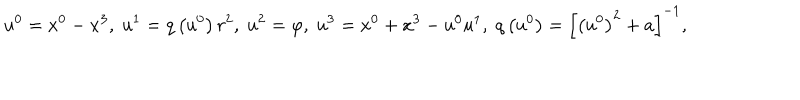
LaTeX: u ^ { 0 } = x ^ { 0 } - x ^ { 3 } , \; u ^ { 1 } = q \left( u ^ { 0 } \right) r ^ { 2 } , \; u ^ { 2 } = \varphi , \; u ^ { 3 } = x ^ { 0 } + x ^ { 3 } - u ^ { 0 } u ^ { 1 } , \; q \left( u ^ { 0 } \right) = \left[ \left( u ^ { 0 } \right) ^ { 2 } + a \right] ^ { - 1 } ,